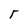
Character: r